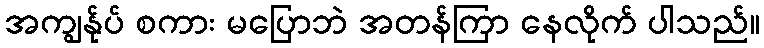
အကျွန်ုပ် စကား မပြောဘဲ အတန်ကြာ နေလိုက် ပါသည်။